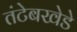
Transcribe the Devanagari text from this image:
तंटेबखेडे